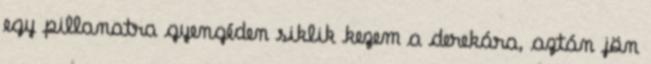
egy pillanatra gyengéden siklik kezem a derekára, aztán jön